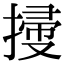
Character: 𢱥